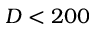
D < 2 0 0